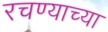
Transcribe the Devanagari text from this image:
रचण्याच्या